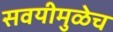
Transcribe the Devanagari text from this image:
सवयीमुळेच